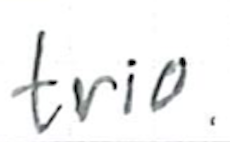
Text: trio.
Cross-out: clean
Writing tool: ballpoint